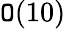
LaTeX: \mathtt{O}(10)